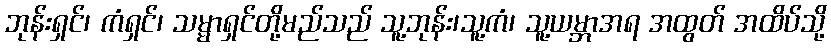
ဘုန်းရှင်၊ ကံရှင်၊ သမ္မာရှင်တို့မည်သည် သူ့ဘုန်း၊သူ့ကံ၊ သူ့ယမ္ဘာအရ အထွတ် အထိပ်သို့